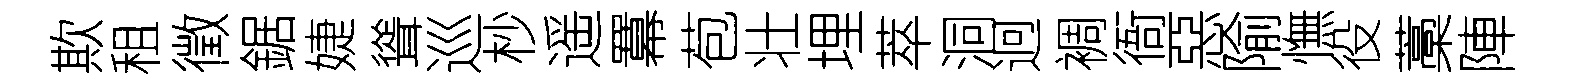
欺租徵鋸婕聳巡杪遥羃苞壮埋萃洞迥裯衙惡隃憮役藁陣